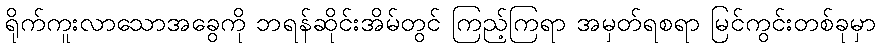
ရိုက်ကူးလာသောအခွေကို ဘရန်ဆိုင်းအိမ်တွင် ကြည့်ကြရာ အမှတ်ရစရာ မြင်ကွင်းတစ်ခုမှာ